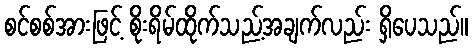
စင်စစ်အားဖြင့် စိုးရိမ်ထိုက်သည့်အချက်လည်း ရှိပေသည်။